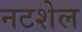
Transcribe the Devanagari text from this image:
नटशेल